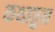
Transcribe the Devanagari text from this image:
कथातुन